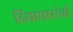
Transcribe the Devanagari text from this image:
दिद्याधारांनी